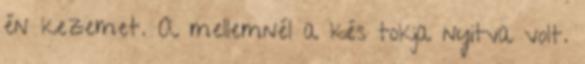
én kezemet. A mellemnél a kés tokja nyitva volt.